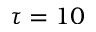
\tau = 1 0